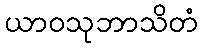
ယာဝသုဘာသိတံ